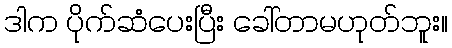
ဒါက ပိုက်ဆံပေးပြီး ခေါ်တာမဟုတ်ဘူး။